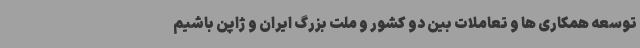
توسعه همکاری ها و تعاملات بین دو کشور و ملت بزرگ ایران و ژاپن باشیم